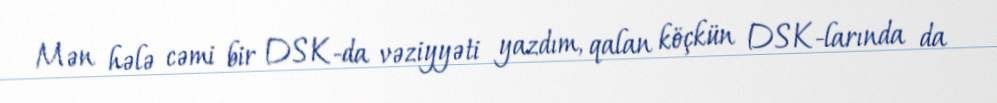
Mən hələ cəmi bir DSK-da vəziyyəti yazdım, qalan köçkün DSK-larında da